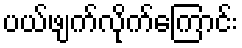
ပယ်ဖျက်လိုက်ကြောင်း